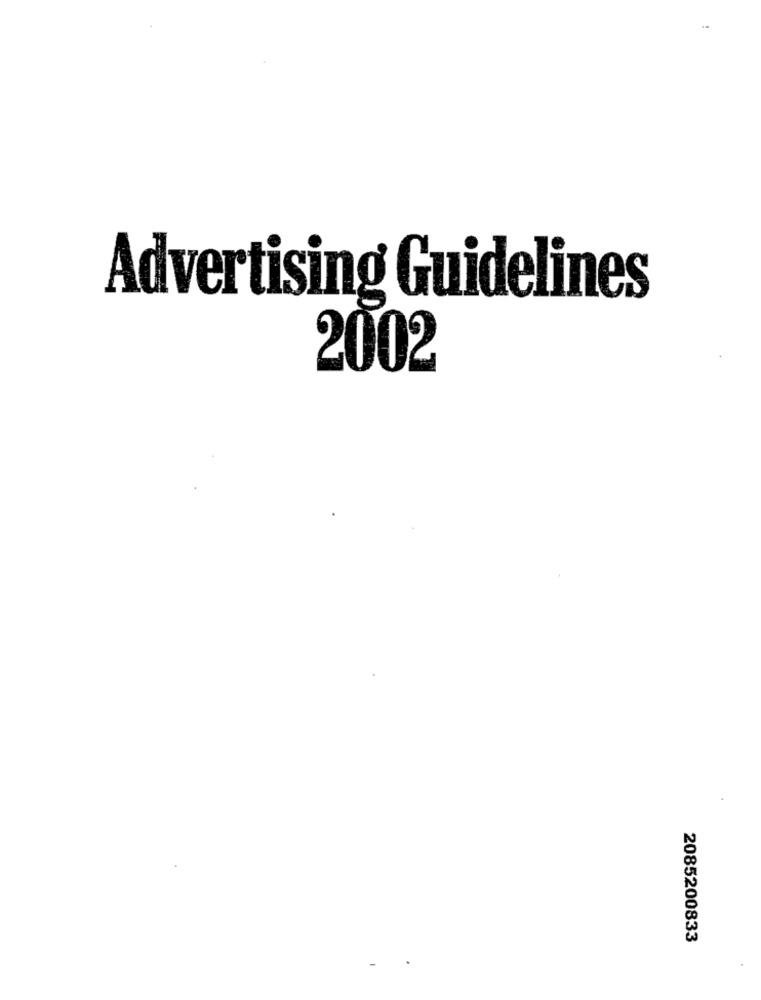
Advertising Guidelines
2002
2085200833